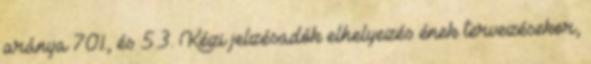
aránya 70%, és 5.3. Kézi jelzésadók elhelyezés ének tervezésekor,